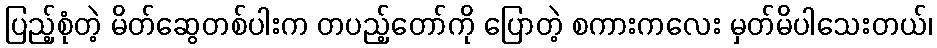
ပြည့်စုံတဲ့ မိတ်ဆွေတစ်ပါးက တပည့်တော်ကို ပြောတဲ့ စကားကလေး မှတ်မိပါသေးတယ်၊